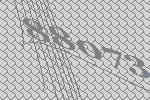
88073